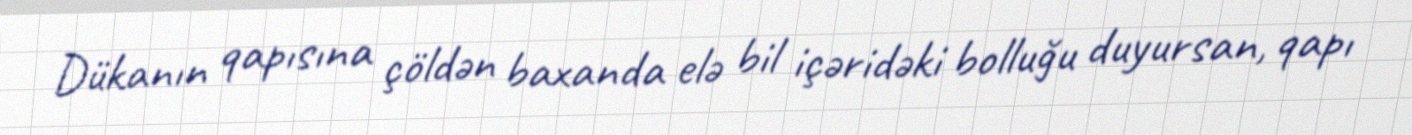
Dükanın qapısına çöldən baxanda elə bil içəridəki bolluğu duyursan, qapı